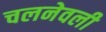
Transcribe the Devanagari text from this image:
चलनेवली